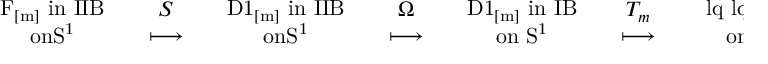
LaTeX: { \begin{array} { c } { { \mathrm { F _ { [ m ] } ~ i n ~ I I B } } } \\ { { \mathrm { o n S ^ { 1 } } } } \end{array} } \quad { \begin{array} { c } { { S } } \\ { { \longmapsto } } \end{array} } \quad { \begin{array} { c } { { \mathrm { D 1 _ { [ m ] } ~ i n ~ I I B } } } \\ { { \mathrm { o n S ^ { 1 } } } } \end{array} } \quad { \begin{array} { c } { { \Omega } } \\ { { \longmapsto } } \end{array} } \quad { \begin{array} { c } { { \mathrm { D 1 _ { [ m ] } ~ i n ~ I B } } } \\ { { \mathrm { o n ~ S ^ { 1 } } } } \end{array} } \quad { \begin{array} { c } { { T _ { m } } } \\ { { \longmapsto } } \end{array} } \quad { \begin{array} { c } { { \mathrm { \ l q \ l q D 0 " ~ i n ~ I ^ { \prime } } } } \\ { { \mathrm { o n ~ S ^ { 1 } / Z _ { 2 } } } } \end{array} } \quad ,